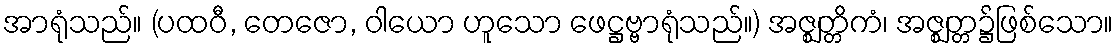
အာရုံသည်။ (ပထဝီ, တေဇော, ဝါယော ဟူသော ဖေဋ္ဌဗ္ဗာရုံသည်။) အဇ္ဈတ္တိကံ၊ အဇ္ဈတ္တ၌ဖြစ်သော။